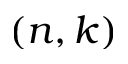
( n , k )